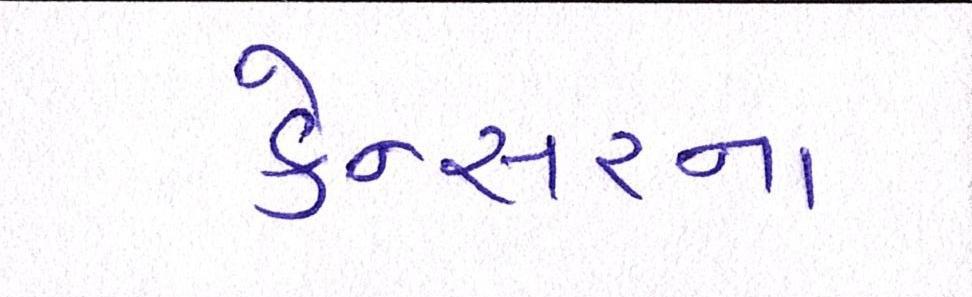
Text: કેન્સરના